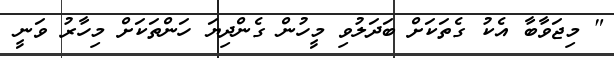
" މިޖަވާބާ އެކު ގެތަކަށް ބަދަލުވި މީހުން ގެންދިޔަ ހަންތަކަށް މިހާރު ވަނީ